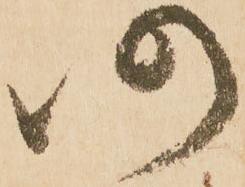
仍